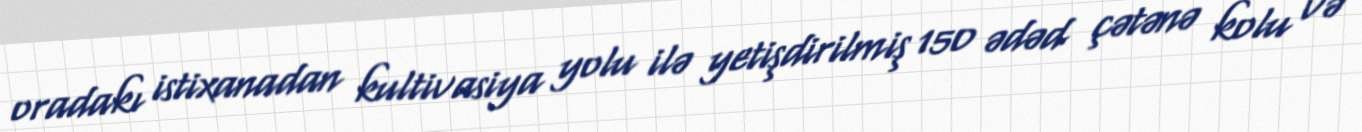
oradakı istixanadan kultivasiya yolu ilə yetişdirilmiş 150 ədəd çətənə kolu və